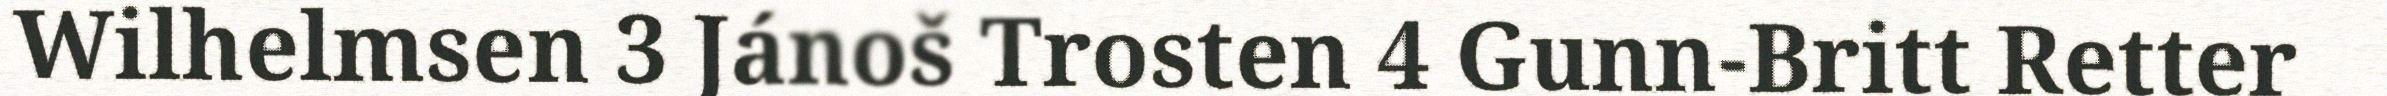
Wilhelmsen 3 Jánoš Trosten 4 Gunn-Britt Retter